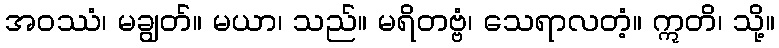
အဝဿံ၊ မချွတ်။ မယာ၊ သည်။ မရိတဗ္ဗံ၊ သေရာလတံ့။ ဣတိ၊ သို့။